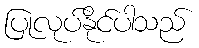
ပြုလုပ်နိုင်ပါသည်